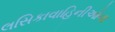
લસિકાવાહિનીઓના